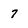
Character: 7